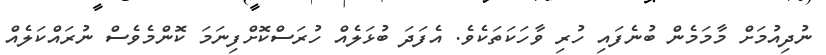
ނުދިއުމަށް މާމަމެން ބުނެފައި ހުރި ވާހަކަތަކެވެ. އެފަދަ ބުޅަލެއް ހުރަސްކޮށްފިނަމަ ކޮންމެވެސް ނުރައްކަލެއް